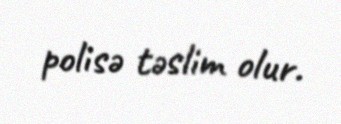
polisə təslim olur.